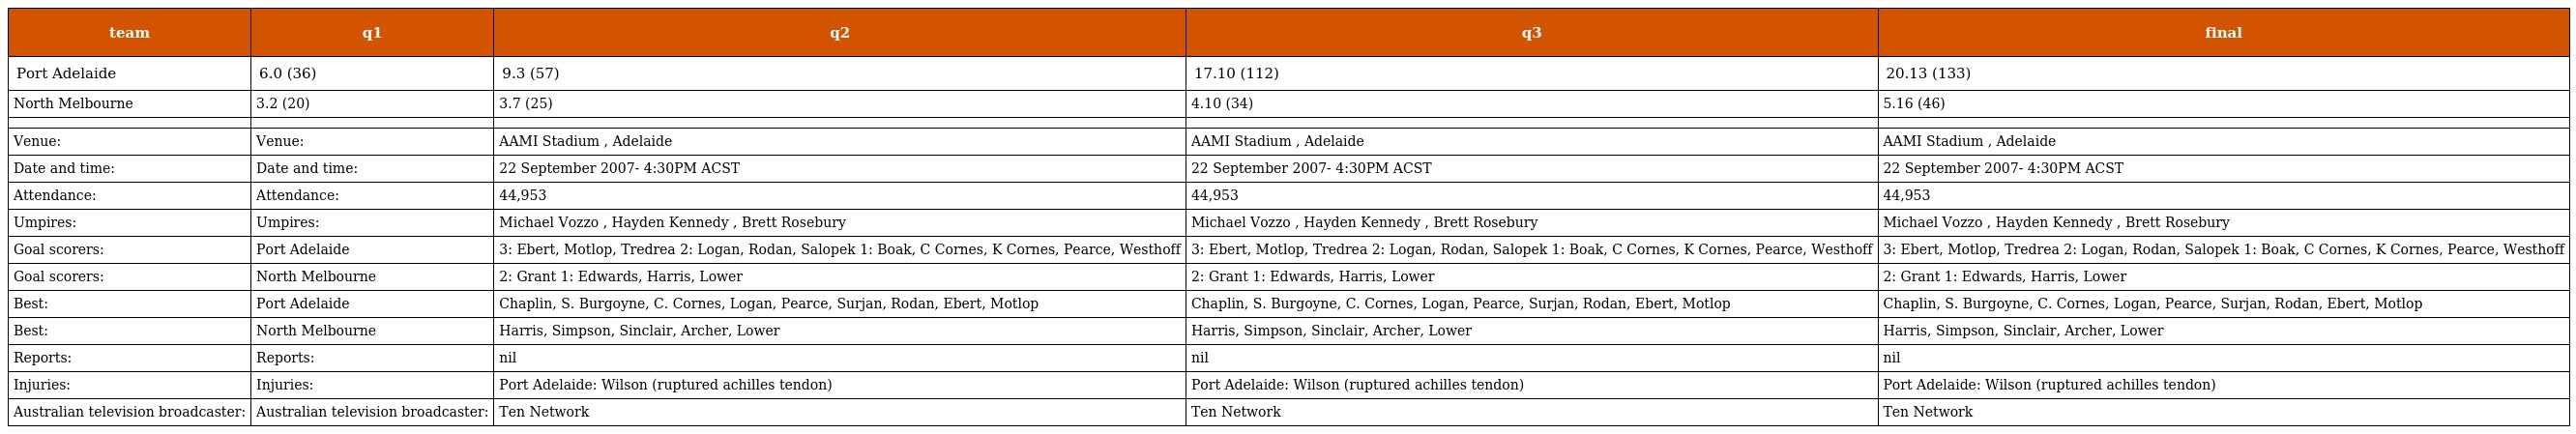
| team | q1 | q2 | q3 | final |
 | --- | --- | --- | --- | --- |
 | Port Adelaide | 6.0 (36) | 9.3 (57) | 17.10 (112) | 20.13 (133) |
 | North Melbourne | 3.2 (20) | 3.7 (25) | 4.10 (34) | 5.16 (46) |
 |  |  |  |  |  |
 | Venue: | Venue: | AAMI Stadium , Adelaide | AAMI Stadium , Adelaide | AAMI Stadium , Adelaide |
 | Date and time: | Date and time: | 22 September 2007- 4:30PM ACST | 22 September 2007- 4:30PM ACST | 22 September 2007- 4:30PM ACST |
 | Attendance: | Attendance: | 44,953 | 44,953 | 44,953 |
 | Umpires: | Umpires: | Michael Vozzo , Hayden Kennedy , Brett Rosebury | Michael Vozzo , Hayden Kennedy , Brett Rosebury | Michael Vozzo , Hayden Kennedy , Brett Rosebury |
 | Goal scorers: | Port Adelaide | 3: Ebert, Motlop, Tredrea 2: Logan, Rodan, Salopek 1: Boak, C Cornes, K Cornes, Pearce, Westhoff | 3: Ebert, Motlop, Tredrea 2: Logan, Rodan, Salopek 1: Boak, C Cornes, K Cornes, Pearce, Westhoff | 3: Ebert, Motlop, Tredrea 2: Logan, Rodan, Salopek 1: Boak, C Cornes, K Cornes, Pearce, Westhoff |
 | Goal scorers: | North Melbourne | 2: Grant 1: Edwards, Harris, Lower | 2: Grant 1: Edwards, Harris, Lower | 2: Grant 1: Edwards, Harris, Lower |
 | Best: | Port Adelaide | Chaplin, S. Burgoyne, C. Cornes, Logan, Pearce, Surjan, Rodan, Ebert, Motlop | Chaplin, S. Burgoyne, C. Cornes, Logan, Pearce, Surjan, Rodan, Ebert, Motlop | Chaplin, S. Burgoyne, C. Cornes, Logan, Pearce, Surjan, Rodan, Ebert, Motlop |
 | Best: | North Melbourne | Harris, Simpson, Sinclair, Archer, Lower | Harris, Simpson, Sinclair, Archer, Lower | Harris, Simpson, Sinclair, Archer, Lower |
 | Reports: | Reports: | nil | nil | nil |
 | Injuries: | Injuries: | Port Adelaide: Wilson (ruptured achilles tendon) | Port Adelaide: Wilson (ruptured achilles tendon) | Port Adelaide: Wilson (ruptured achilles tendon) |
 | Australian television broadcaster: | Australian television broadcaster: | Ten Network | Ten Network | Ten Network |